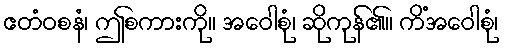
ဧတံဝစနံ၊ ဤစကားကို။ အဝေါစုံ၊ ဆိုကုန်၏။ ကိံအဝေါစုံ၊